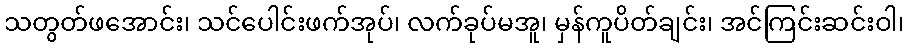
သတွတ်ဖအောင်း၊ သင်ပေါင်းဖက်အုပ်၊ လက်ခုပ်မအူ၊ မှန်ကူပိတ်ချင်း၊ အင်ကြင်းဆင်းဝါ၊